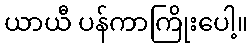
ယာယီ ပန်ကာကြိုးပေါ့။